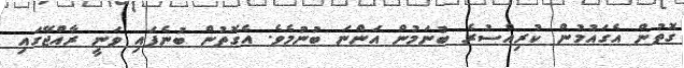
ގޮތުން އެގައުމުން ކުރިއްސުރެ ބުނަމުން އަންނަ ބުނުމެވެ. އެގޮތުން ބުނެފައި ވަނީ ރާއްޖޭގައި